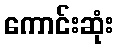
ကောင်းဆုံး